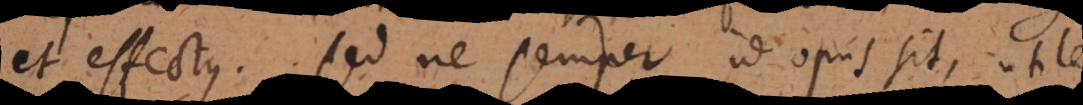
et effectus. Sed ne semper id opus sit, utile